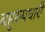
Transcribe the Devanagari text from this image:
बहुरूपधारी